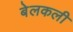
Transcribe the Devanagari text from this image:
बेलकली